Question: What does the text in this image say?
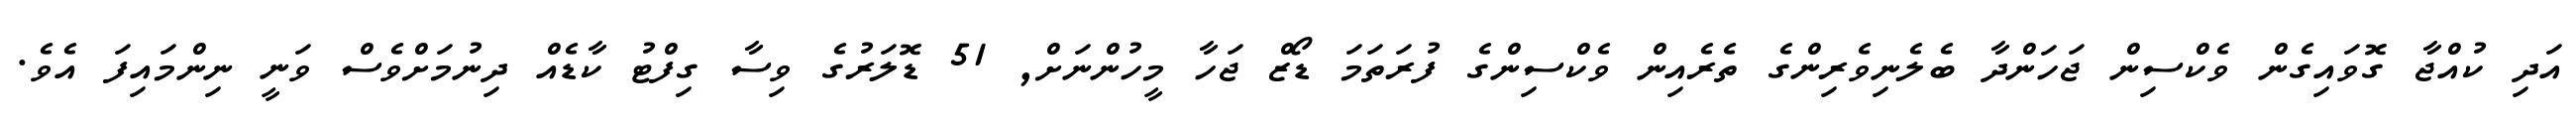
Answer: އަދި ކުއްޖާ ގޮވައިގެން ވެކްސިން ޖަހަންދާ ބެލެނިވެރިންގެ ތެރެއިން ވެކްސިންގެ ފުރަތަމަ ޑޯޒް ޖަހާ މީހުންނަށް, 51 ޑޮލަރުގެ ވިސާ ގިފްޓު ކާޑެއް ދިނުމަށްވެސް ވަނީ ނިންމައިފަ އެވެ.